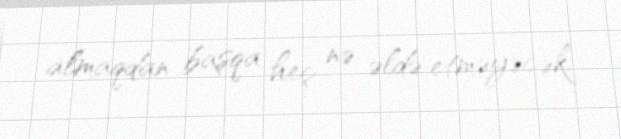
almaqdan başqa heç nə əldə etməyəcək.